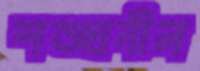
শঙ্খনীল